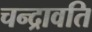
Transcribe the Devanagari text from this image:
चन्द्रावति